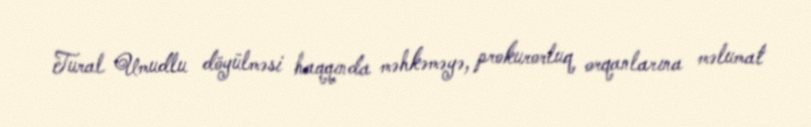
Tural Umudlu döyülməsi haqqında məhkəməyə, prokurorluq orqanlarına məlumat